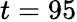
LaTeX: t=95